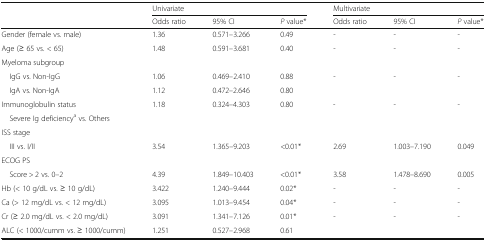
<table><thead><tr><td rowspan="2"></td><td colspan="3"><b>Univariate</b></td><td colspan="3"><b>Multivariate</b></td></tr><tr><td><b>Odds ratio</b></td><td><b>95% CI</b></td><td><b><i>P</i> value*</b></td><td><b>Odds ratio</b></td><td><b>95% CI</b></td><td><b><i>P</i> value*</b></td></tr></thead><tbody><tr><td>Gender (female vs. male)</td><td>1.36</td><td>0.571–3.266</td><td>0.49</td><td>-</td><td>-</td><td>-</td></tr><tr><td>Age (≥ 65 vs. &lt; 65)</td><td>1.48</td><td>0.591–3.681</td><td>0.40</td><td>-</td><td>-</td><td>-</td></tr><tr><td colspan="7">Myeloma subgroup</td></tr><tr><td> IgG vs. Non-IgG</td><td>1.06</td><td>0.469–2.410</td><td>0.88</td><td>-</td><td>-</td><td>-</td></tr><tr><td> IgA vs. Non-IgA</td><td>1.12</td><td>0.472–2.646</td><td>0.80</td><td></td><td></td><td></td></tr><tr><td>Immunoglobulin status</td><td>1.18</td><td>0.324–4.303</td><td>0.80</td><td>-</td><td>-</td><td>-</td></tr><tr><td> Severe Ig deficiency<sup>a</sup> vs. Others</td><td></td><td></td><td></td><td></td><td></td><td></td></tr><tr><td colspan="7">ISS stage</td></tr><tr><td> III vs. I/II</td><td>3.54</td><td>1.365–9.203</td><td>&lt;0.01*</td><td>2.69</td><td>1.003–7.190</td><td>0.049</td></tr><tr><td colspan="7">ECOG PS</td></tr><tr><td> Score &gt; 2 vs. 0–2</td><td>4.39</td><td>1.849–10.403</td><td>&lt;0.01*</td><td>3.58</td><td>1.478–8.690</td><td>0.005</td></tr><tr><td>Hb (&lt; 10 g/dL vs. ≥ 10 g/dL)</td><td>3.422</td><td>1.240–9.444</td><td>0.02*</td><td>-</td><td>-</td><td>-</td></tr><tr><td>Ca (&gt; 12 mg/dL vs. &lt; 12 mg/dL)</td><td>3.095</td><td>1.013–9.454</td><td>0.04*</td><td>-</td><td>-</td><td>-</td></tr><tr><td>Cr (≥ 2.0 mg/dL vs. &lt; 2.0 mg/dL)</td><td>3.091</td><td>1.341–7.126</td><td>0.01*</td><td>-</td><td>-</td><td>-</td></tr><tr><td>ALC (&lt; 1000/cumm vs. ≥ 1000/cumm)</td><td>1.251</td><td>0.527–2.968</td><td>0.61</td><td></td><td></td><td></td></tr></tbody></table>